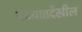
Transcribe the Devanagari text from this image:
नळ्यातदेखील